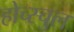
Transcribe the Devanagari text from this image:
होच्स्चुल